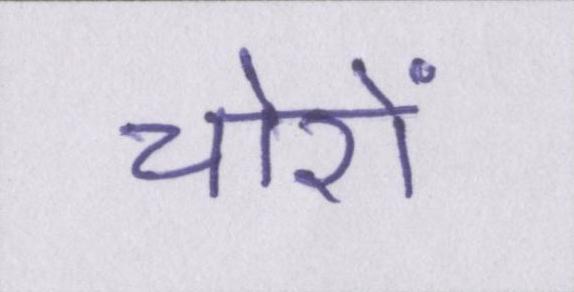
चोरों